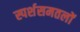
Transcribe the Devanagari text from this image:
स्पर्शसमतलों